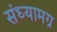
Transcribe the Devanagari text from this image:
संध्यामग्र